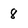
Character: 8